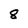
Character: 8